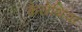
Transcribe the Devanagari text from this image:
कैलेथिया